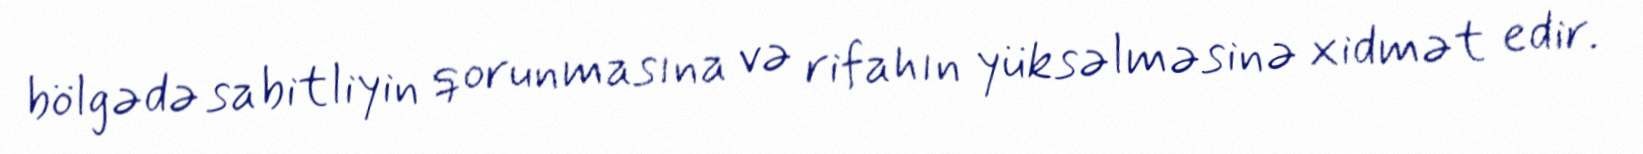
bölgədə sabitliyin qorunmasına və rifahın yüksəlməsinə xidmət edir.